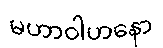
မဟာဝါဟနော